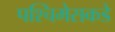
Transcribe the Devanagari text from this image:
पश्चिमेसकडे